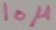
Text: 10µ